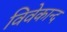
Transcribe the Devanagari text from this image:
विवेकान्‍द